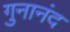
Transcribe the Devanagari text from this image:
गुनानंद